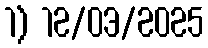
1) 12/03/2025